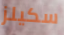
سكيلز